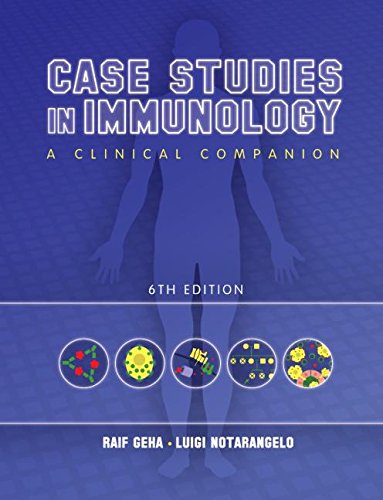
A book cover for Case Studies in Immunology: A Clinical Companion (Geha, Case Studies in Immunology: A Clinical Companion); Raif Geha; Medical Books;